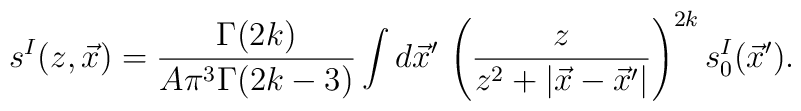
s^I(z,\vec{x})= \frac{\Gamma(2k)}{A \pi^3 \Gamma(2k-3)}\int d\vec{x}^\prime \, \left( \frac{z}{z^2+|\vec{x}-\vec{x}^\prime|} \right)^{2k} s^I_0(\vec{x}^\prime).